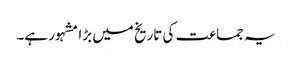
یہ جماعت کی تاریخ میں بڑا مشہور ہے۔